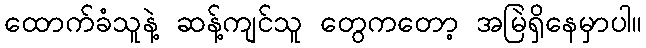
ထောက်ခံသူနဲ့ ဆန့်ကျင်သူ တွေကတော့ အမြဲရှိနေမှာပါ။